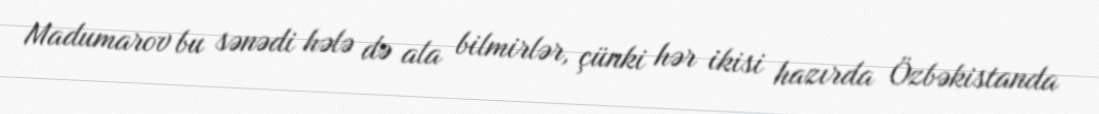
Madumarov bu sənədi hələ də ala bilmirlər, çünki hər ikisi hazırda Özbəkistanda